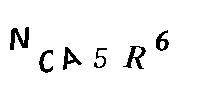
NCA5R6